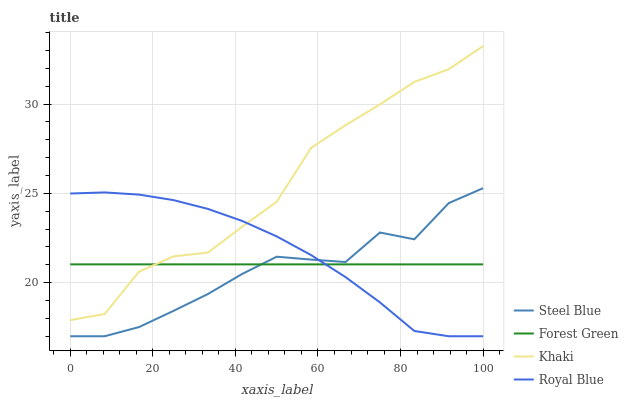
| xaxis_label | Steel Blue | Forest Green | Khaki | Royal Blue |
 | --- | --- | --- | --- | --- |
 | 0 | 17 | 21 | 17.9 | 25 |
 | 8.33 | 17 | 21 | 18.2 | 25.1 |
 | 16.7 | 17.5 | 21 | 20.6 | 24.9 |
 | 25 | 18.4 | 21 | 21.5 | 24.6 |
 | 33.3 | 19.4 | 21 | 21.7 | 24.1 |
 | 41.7 | 20.5 | 21 | 23.1 | 23.5 |
 | 50 | 21.5 | 21 | 24.5 | 22.6 |
 | 58.3 | 21.3 | 21 | 27.5 | 21.5 |
 | 66.7 | 21.2 | 21 | 28.8 | 20.3 |
 | 75 | 22.8 | 21 | 30 | 18.9 |
 | 83.3 | 22.4 | 21 | 31.2 | 17.3 |
 | 91.7 | 24.5 | 21 | 31.9 | 17 |
 | 100 | 25.3 | 21 | 33.2 | 17 |